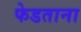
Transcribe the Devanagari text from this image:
फेडताना